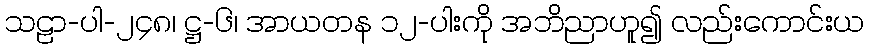
သဠာ-ပါ-၂၄၈၊ ဋ္ဌ-၆၊ အာယတန ၁၂-ပါးကို အဘိညာဟူ၍ လည်းကောင်းယ